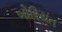
બોરિયત